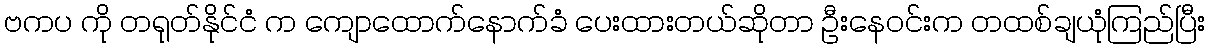
ဗကပ ကို တရုတ်နိုင်ငံ က ကျောထောက်နောက်ခံ ပေးထားတယ်ဆိုတာ ဦးနေဝင်းက တထစ်ချယုံကြည်ပြီး